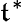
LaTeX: \mathfrak{t}^{*}